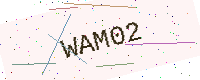
Text: WAM02